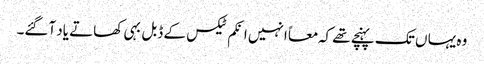
وہ یہا ں تک پہنچے تھے کہ معاً انہیں انکم ٹیکس کے ڈبل بہی کھاتے یاد آگئے۔